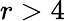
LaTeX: r>4